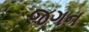
જગન